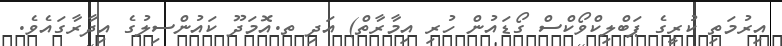
އިރުމަތި ކުރީގެ ޕަބްލިކްވޯކްސް ގޯޑައުން ހުރި އިމާރާތް) އަދި ތ.އޮމަދޫ ކައުންސިލުގެ އިދާރާގައެވެ.